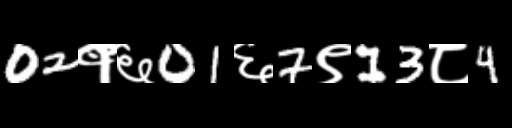
Text: 02१६01६7९13८4